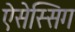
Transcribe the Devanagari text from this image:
ऐसेस्सिग